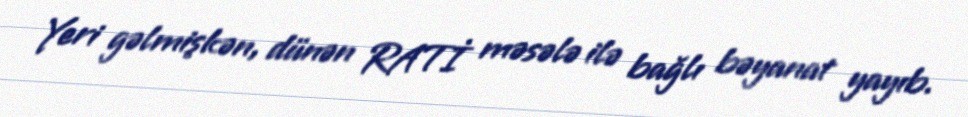
Yeri gəlmişkən, dünən RATİ məsələ ilə bağlı bəyanat yayıb.